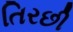
તિરછી